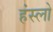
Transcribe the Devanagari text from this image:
हंस्लो